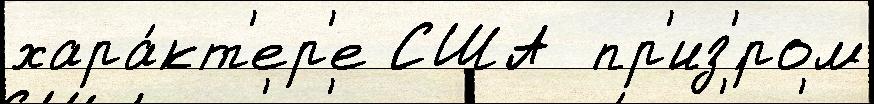
хара́кт'ер'е США  пр'из'́ром